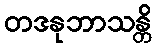
တဒနုဘာသန္တိ